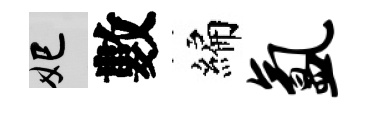
妃數編氲